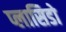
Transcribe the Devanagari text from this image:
प्लासिडो